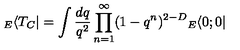
{ } _ { E } \langle T _ { C } | = \int \frac { d q } { q ^ { 2 } } \prod _ { n = 1 } ^ { \infty } ( 1 - q ^ { n } ) ^ { 2 - D } { } _ { E } \langle 0 ; 0 |